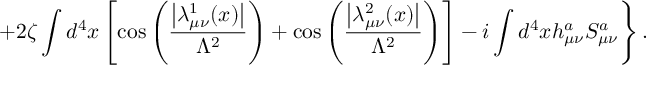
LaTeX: \left. + 2 \zeta \int d ^ { 4 } x \left[ \cos \left( \frac { \left| \lambda _ { \mu \nu } ^ { 1 } ( x ) \right| } { \Lambda ^ { 2 } } \right) + \cos \left( \frac { \left| \lambda _ { \mu \nu } ^ { 2 } ( x ) \right| } { \Lambda ^ { 2 } } \right) \right] - i \int d ^ { 4 } x h _ { \mu \nu } ^ { a } { \cal S } _ { \mu \nu } ^ { a } \right\} .